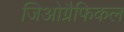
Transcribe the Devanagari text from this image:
जिओग्रैफिकल